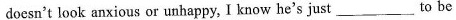
doesn't look anxious or unhappy, I know he's just___to be